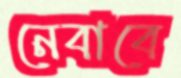
নেবাবে